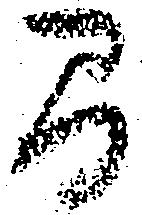
間